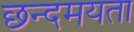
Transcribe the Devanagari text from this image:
छन्दमयता